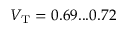
V _ { \mathrm { T } } = 0 . 6 9 . . . 0 . 7 2